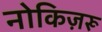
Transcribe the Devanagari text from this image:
नोकिज़रू